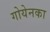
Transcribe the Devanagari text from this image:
गोयेनका